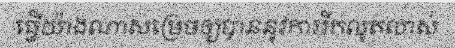
ធ្វើយ៉ាងណាសម្រេចឲ្យបាននូវការរីកលូតលាស់